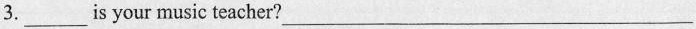
3.___is your music teacher___?